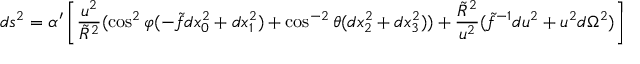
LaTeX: d s ^ { 2 } = \alpha ^ { \prime } \left[ \frac { u ^ { 2 } } { \tilde { R } ^ { 2 } } ( \cos ^ { 2 } \varphi ( - \tilde { f } d x _ { 0 } ^ { 2 } + d x _ { 1 } ^ { 2 } ) + \cos ^ { - 2 } \theta ( d x _ { 2 } ^ { 2 } + d x _ { 3 } ^ { 2 } ) ) + \frac { \tilde { R } ^ { 2 } } { u ^ { 2 } } ( \tilde { f } ^ { - 1 } d u ^ { 2 } + u ^ { 2 } d \Omega ^ { 2 } ) \right] ,